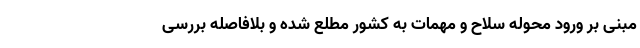
مبنی بر ورود محوله سلاح و مهمات به کشور مطلع شده و بلافاصله بررسی